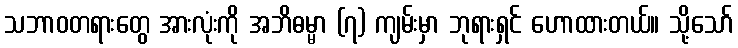
သဘာဝတရားတွေ အားလုံးကို အဘိဓမ္မာ (၇) ကျမ်းမှာ ဘုရားရှင် ဟောထားတယ်။ သို့သော်